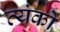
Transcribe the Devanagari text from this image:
व्यंको